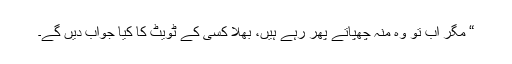
“ مگر اب تو وہ منہ چھپاتے پھر رہے ہیں، بھلا کسی کے ٹویٹ کا کیا جواب دیں گے۔